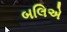
બલિએ